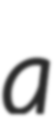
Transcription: a